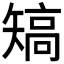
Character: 𥏹